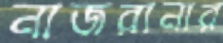
নাজরানার